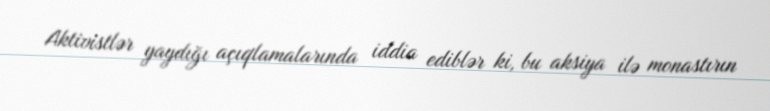
Aktivistlər yaydığı açıqlamalarında iddia ediblər ki, bu aksiya ilə monastırın